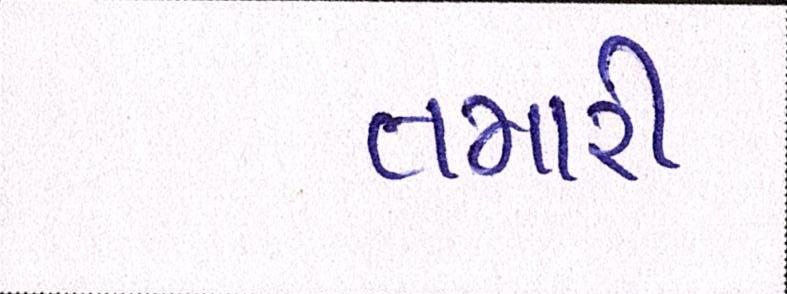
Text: તમારી